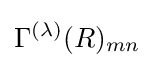
\Gamma ^{(\lambda )}(R)_{mn}